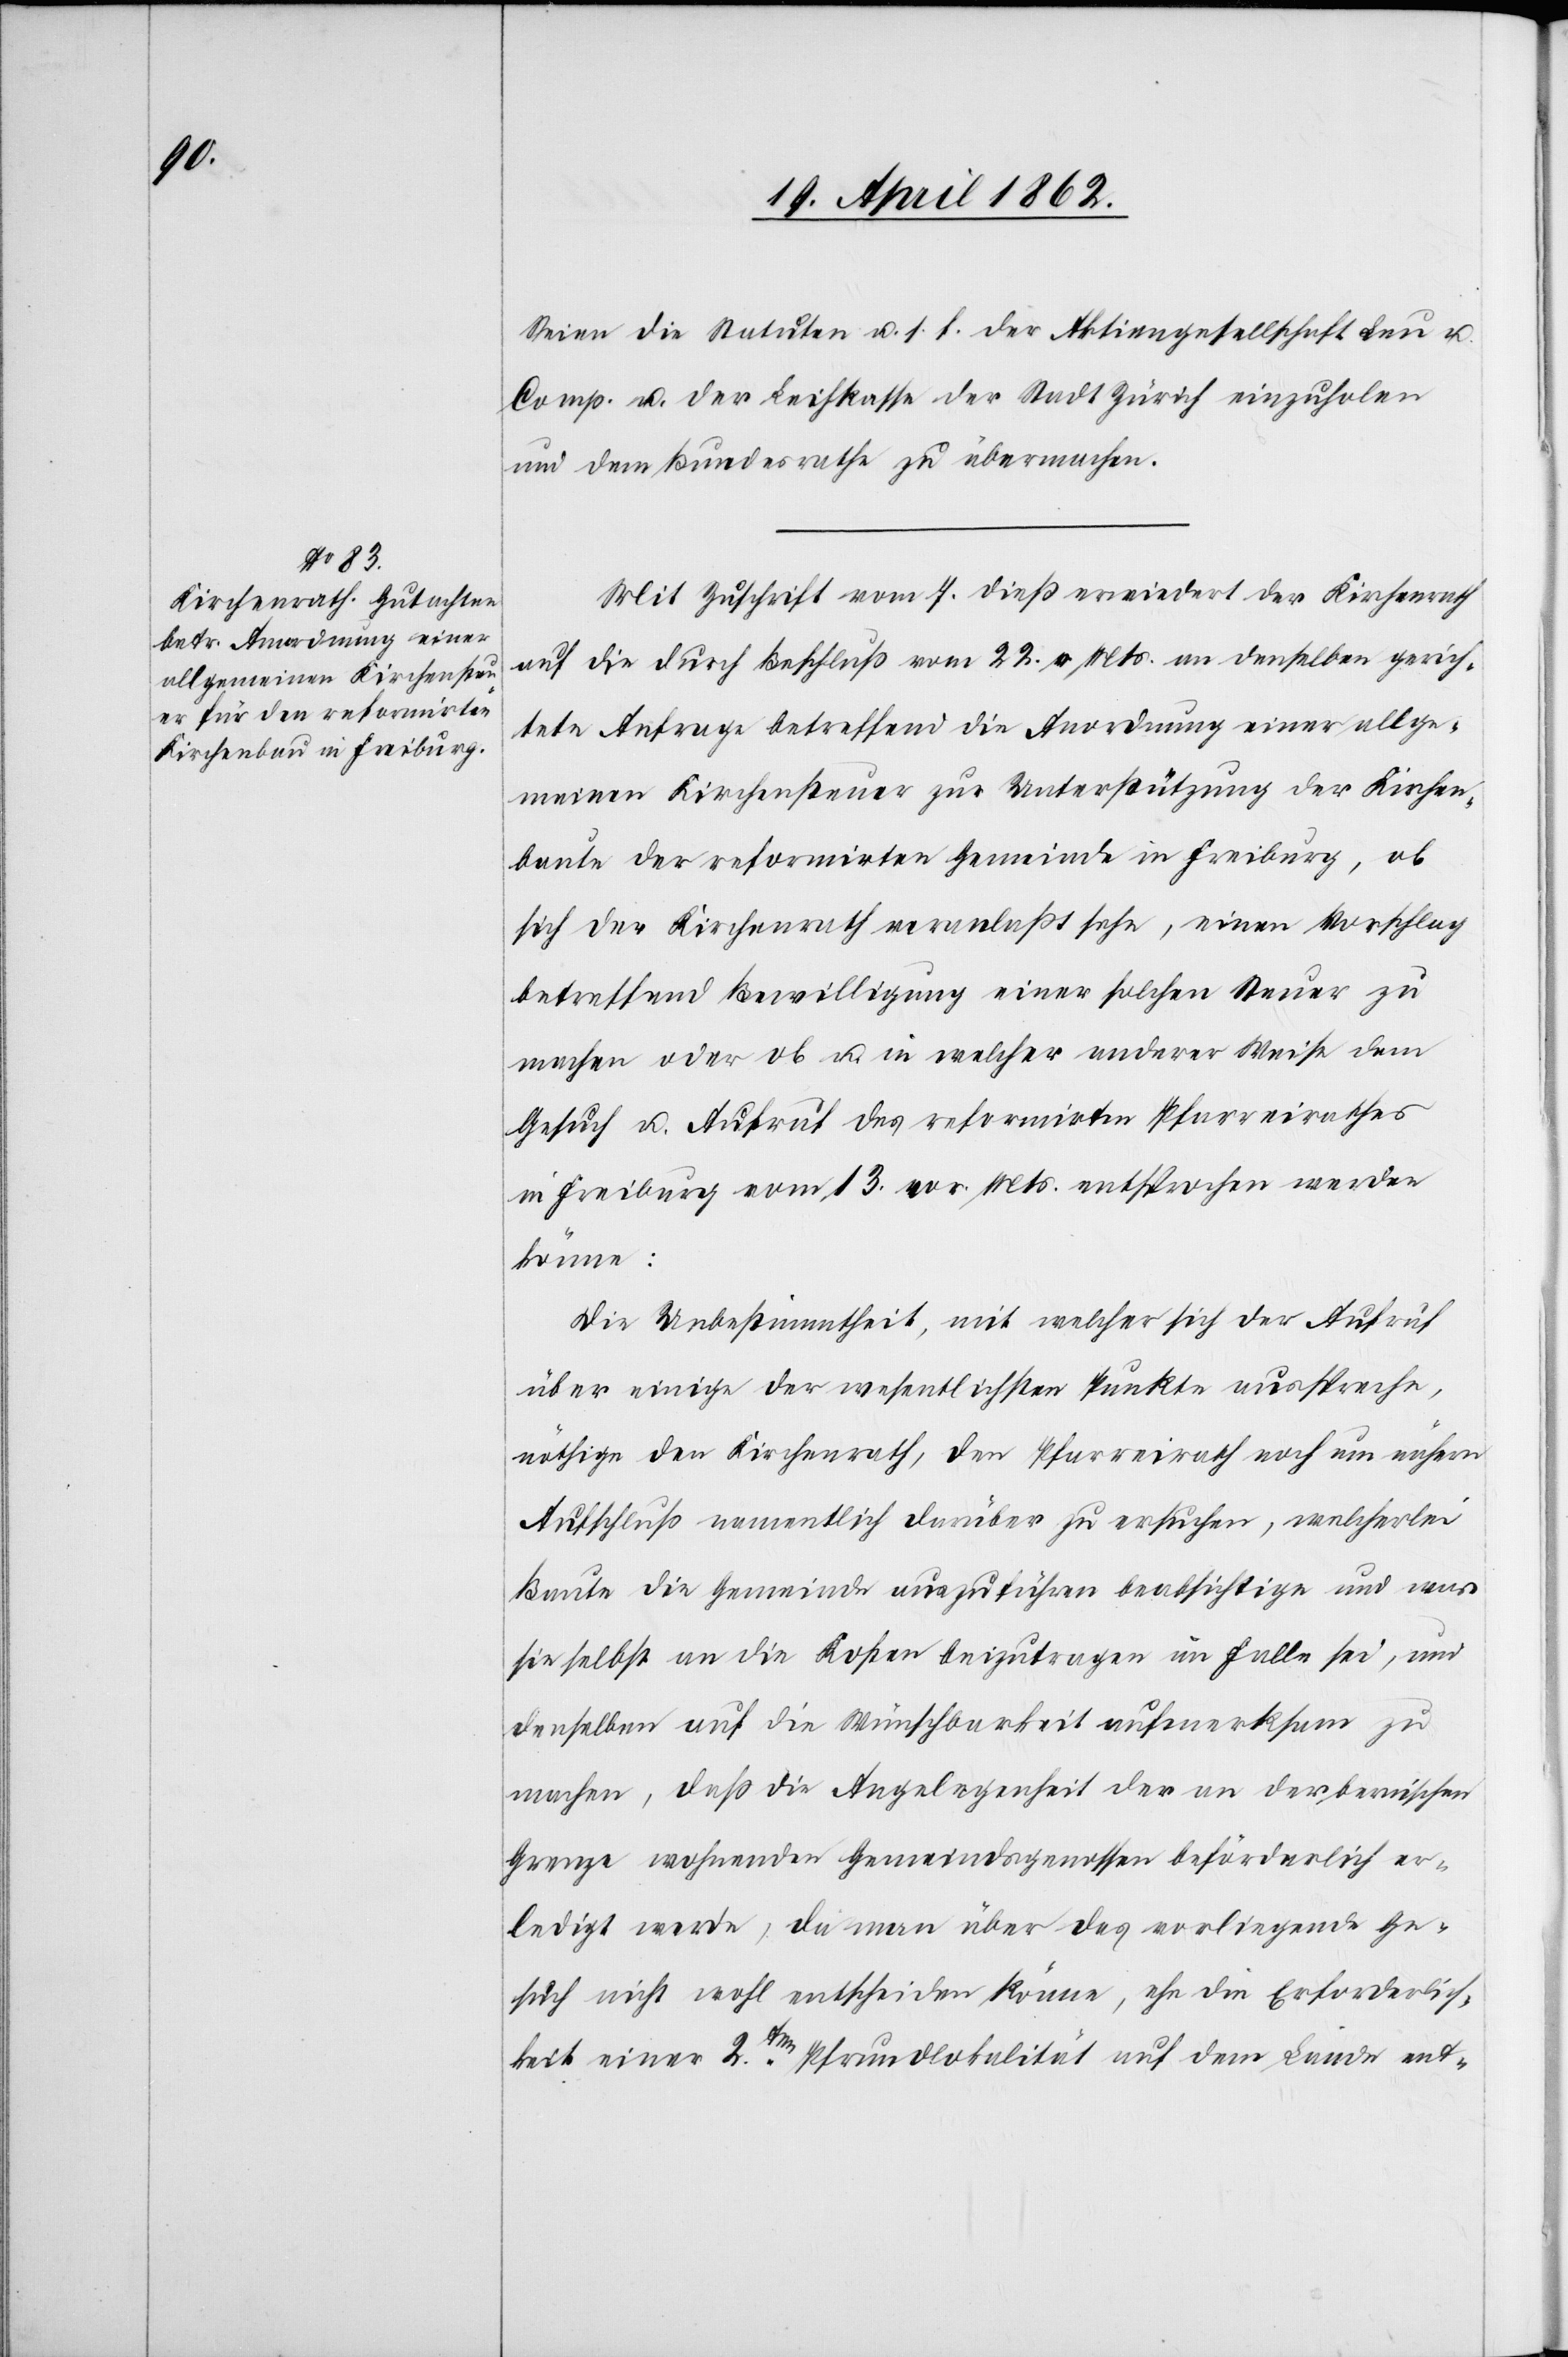
Seien die Statuten u. s. f. der Aktiengesellschaft Leu u.
Comp. u. der Leihkasse der Stadt Zürich einzuholen
und dem Bundesrathe zu übermachen.
Mit Zuschrift vom 7. dieß erwiedert der Kirchenrath
auf die durch Beschluß vom 22. v. Mts. an denselben gerich¬
tete Anfrage betreffend die Anordnung einer allge¬
meinen Kirchensteuer zu Unterstützung der Kirchen¬
baute der reformirten Gemeinde in Freiburg, ob
sich der Kirchenrath veranlaßt sehe, einen Vorschlag
betreffend Bewilligung einer solchen Steuer zu
machen oder ob u. in welcher anderer Weise dem
Gesuch u. Aufruf des reformirten Pfarreirathes
in Freiburg vom 13. vor. Mts. entsprochen werden
könne:
Die Unbestimmtheit, mit welcher sich der Aufruf
über einige der wesentlichen Punkte ausspreche,
nöthige den Kirchenrath, den Pfarreirath noch um nähern
Aufschluß namentlich darüber zu ersuchen, welcherlei
Baute die Gemeinde auszuführen beabsichtige und was
sie selbst an die Kosten einzutragen im Falle sei, um
denselben auf die Wünschbarkeit aufmerksam zu
machen, daß die Angelegenheit der an der bernischen
Grenze wohnenden Gemeindsgenossen beförderlich er¬
ledigt werde, da man über das vorliegende Ge¬
such nicht wohl entscheiden könne, ehe die Erforderlich¬
keit einer 2ten Pfrundlokalität auf dem Lande ent-